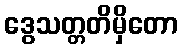
ဒွေသတ္တတိမှိတော